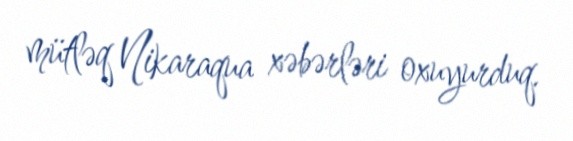
mütləq Nikaraqua xəbərləri oxuyurduq.